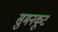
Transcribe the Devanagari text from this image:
सुमनकूट